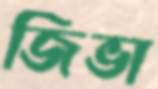
জিভা